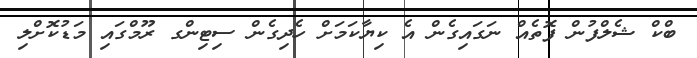
ބްކް ޝެލްފުން ފޮތެއް ނަގައިގެން އެ ކިޔާކަމަށް ހެދިގެން ސިޓިންގ ރޫމްގައި މަޑުކޮށްލި